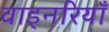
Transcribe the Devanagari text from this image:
वाइनरियाँ